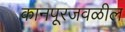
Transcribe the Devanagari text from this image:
कानपूरजवळील